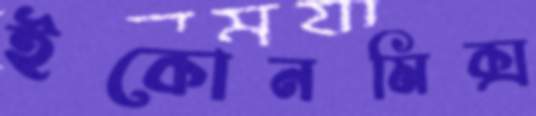
ইকোনমিক্স